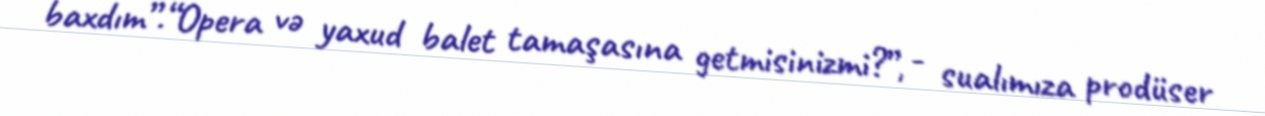
baxdım”.“Opera və yaxud balet tamaşasına getmisinizmi?”, - sualımıza prodüser